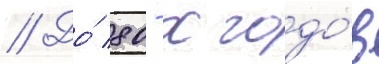
// До́ 80-х годо́в